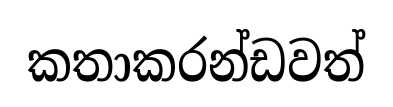
කතාකරන්ඩවත්